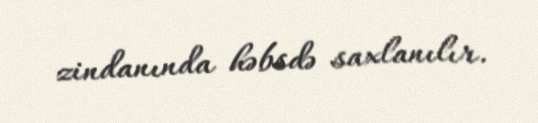
zindanında həbsdə saxlanılır.